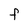
Character: F